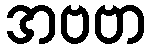
အဗဗာ